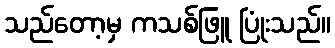
သည်တော့မှ ကသစ်ဖြူ ပြုံးသည်။